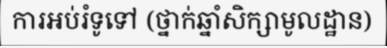
ការអប់រំទូទៅ (ថ្នាក់ឆ្នាំសិក្សាមូលដ្ឋាន)